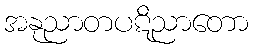
အနုညာတပဋိညာတော